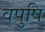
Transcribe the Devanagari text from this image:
वपुषि